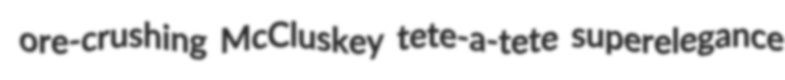
ore-crushing McCluskey tete-a-tete superelegance